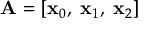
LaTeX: \mathbf { A } = \left[ \mathbf { x } _ { 0 } , \; \mathbf { x } _ { 1 } , \; \mathbf { x } _ { 2 } \right]